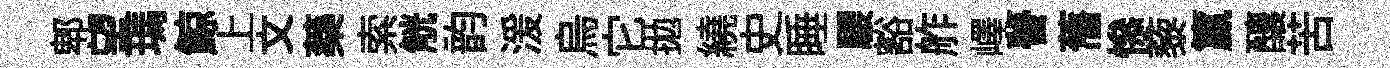
郫望瑪鯨上文藥索觥韵湲烏它拋繞史睡騕豁舴嶧瞢𦾔𢡖藜籯釀苦